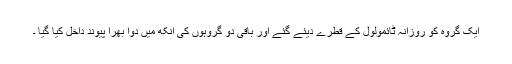
ایک گروہ کو روزانہ ٹائمولول کے قطرے دیئے گئے اور باقی دو گروہوں کی آنکھ میں دوا بھرا پیوند داخل کیا گیا ۔